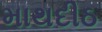
માથદીઠ